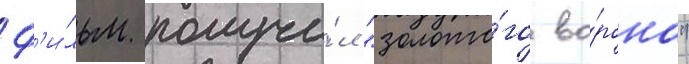
Ф'и́льм получи́л "золото́го во́рона"